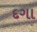
દગા